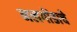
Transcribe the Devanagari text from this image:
नलगोंडाचे